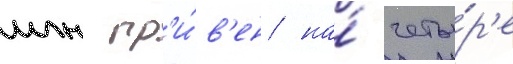
млн гр'и́в'ен на́ четы́р'е